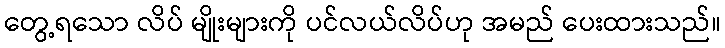
တွေ့ရသော လိပ် မျိုးများကို ပင်လယ်လိပ်ဟု အမည် ပေးထားသည်။